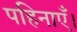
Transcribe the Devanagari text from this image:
पहिनाएँ।